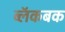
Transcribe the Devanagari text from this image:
ब्लॅकबक